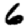
Digit: 6